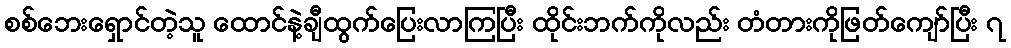
စစ်ဘေးရှောင်တဲ့သူ ထောင်နဲ့ချီထွက်ပြေးလာကြပြီး ထိုင်းဘက်ကိုလည်း တံတားကိုဖြတ်ကျော်ပြီး ၇